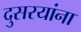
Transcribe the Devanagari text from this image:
दुसरयांना